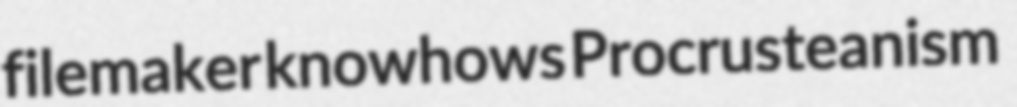
filemaker knowhows Procrusteanism